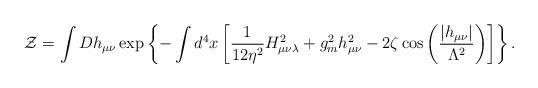
LaTeX: \begin{align*}{\cal Z}=\int Dh_{\mu\nu}\exp\left\{-\int d^4x\left[\frac{1}{12\eta^2}H_{\mu\nu\lambda}^2+g_m^2h_{\mu\nu}^2-2\zeta\cos\left(\frac{\left|h_{\mu\nu}\right|}{\Lambda^2}\right)\right]\right\}.\end{align*}